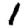
Digit: 1